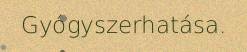
Gyógyszerhatása.